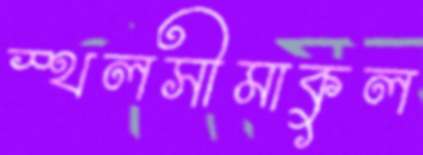
স্থলসীমাকুল